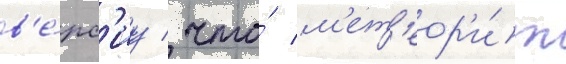
в'е́рс'иу / что́ м'ет'еор'и́т